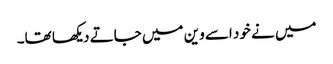
میں نے خود اسے وین میں جاتے دیکھا تھا۔